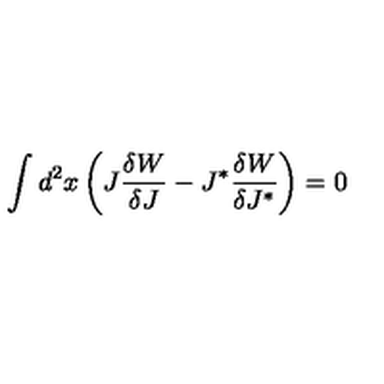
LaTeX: \int d ^ { 2 } x \left( J \frac { \delta W } { \delta J } - J ^ { \ast } \frac { \delta W } { \delta J ^ { \ast } } \right) = 0